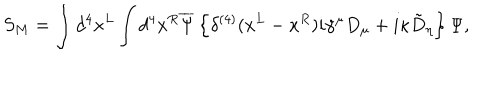
S _ { M } = \int d ^ { 4 } x ^ { L } \int d ^ { 4 } x ^ { R } \overline { { { \Psi } } } \left\{ \delta ^ { ( 4 ) } ( x ^ { L } - x ^ { R } ) i \gamma ^ { \mu } D _ { \mu } + i \kappa \tilde { D } _ { \eta } \right\} \Psi ,